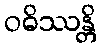
ဝဓိဿန္တိ